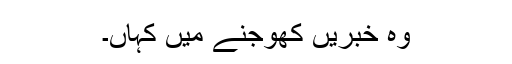
وہ خبریں کھوجنے میں کہاں۔